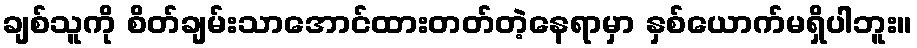
ချစ်သူကို စိတ်ချမ်းသာအောင်ထားတတ်တဲ့နေရာမှာ နှစ်ယောက်မရှိပါဘူး။